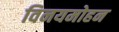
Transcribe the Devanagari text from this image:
विनयमोहन